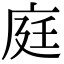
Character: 庭